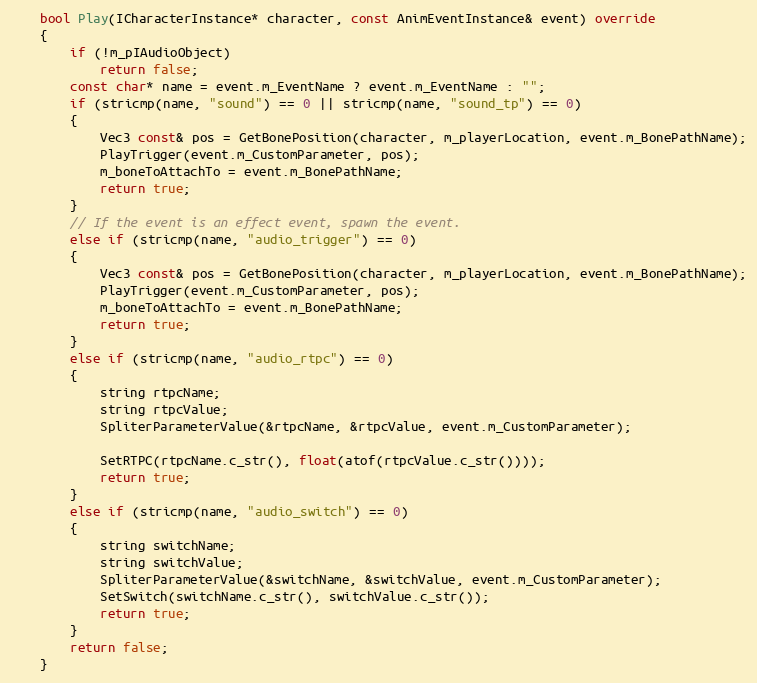
Language: C++
	bool Play(ICharacterInstance* character, const AnimEventInstance& event) override
	{
		if (!m_pIAudioObject)
			return false;
		const char* name = event.m_EventName ? event.m_EventName : "";
		if (stricmp(name, "sound") == 0 || stricmp(name, "sound_tp") == 0)
		{
			Vec3 const& pos = GetBonePosition(character, m_playerLocation, event.m_BonePathName);
			PlayTrigger(event.m_CustomParameter, pos);
			m_boneToAttachTo = event.m_BonePathName;
			return true;
		}
		// If the event is an effect event, spawn the event.
		else if (stricmp(name, "audio_trigger") == 0)
		{
			Vec3 const& pos = GetBonePosition(character, m_playerLocation, event.m_BonePathName);
			PlayTrigger(event.m_CustomParameter, pos);
			m_boneToAttachTo = event.m_BonePathName;
			return true;
		}
		else if (stricmp(name, "audio_rtpc") == 0)
		{
			string rtpcName;
			string rtpcValue;
			SpliterParameterValue(&rtpcName, &rtpcValue, event.m_CustomParameter);

			SetRTPC(rtpcName.c_str(), float(atof(rtpcValue.c_str())));
			return true;
		}
		else if (stricmp(name, "audio_switch") == 0)
		{
			string switchName;
			string switchValue;
			SpliterParameterValue(&switchName, &switchValue, event.m_CustomParameter);
			SetSwitch(switchName.c_str(), switchValue.c_str());
			return true;
		}
		return false;
	}